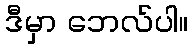
ဒီမှာ ဘေလ်ပါ။